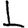
Digit: 1